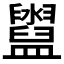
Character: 𥃔